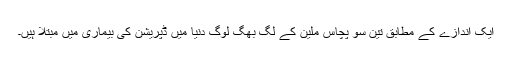
ایک اندازے کے مطابق تین سو پچاس ملین کے لگ بھگ لوگ دنیا میں ڈپریشن کی بیماری میں مبتلا ہیں۔